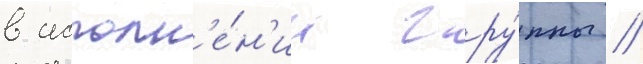
в исполн'е́н'ии гру́ппы //